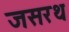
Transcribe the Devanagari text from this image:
जसरथ